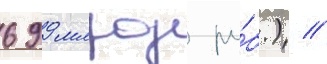
699 млрд ру́б.) //